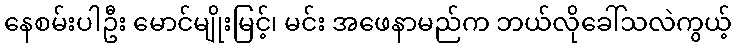
နေစမ်းပါဦး မောင်မျိုးမြင့်၊ မင်း အဖေနာမည်က ဘယ်လိုခေါ်သလဲကွယ့်